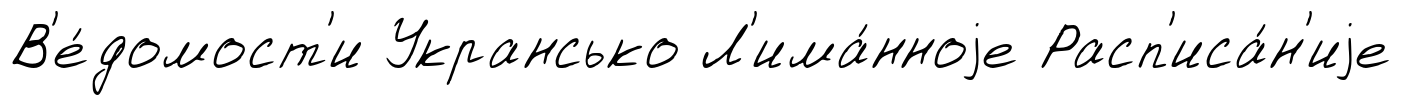
В'е́домост'и Укрансько Л'има́нноjе Расп'иса́н'иjе